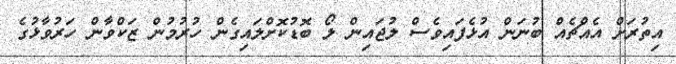
އިތުރަށް އެއްޗެއް ބުނަން އުޅެފައިވެސް ލުޖައިން ލޯ ބޮޑުކޮށްލައިގެން ހުރުމުން ޒަކްވާން ހަރުވާޅުގެ